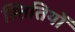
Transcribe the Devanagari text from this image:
स्तितियों